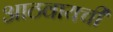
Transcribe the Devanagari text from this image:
आठवायची